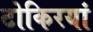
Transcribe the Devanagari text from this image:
टोकिरयां